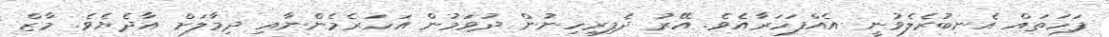
ފަހަތައް އެނބުރެލެވުނީ އެއްފަހަރާއެވެ. އޭރު ދެފިރިހިނުން ދުވަމުން އަހަރެމެންނާއި ދިމާލަށް އާދެޔެވެ. މާޒް